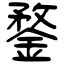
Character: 鍪